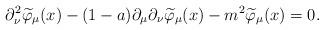
LaTeX: \begin{align*}\partial_\nu^2\widetilde{\varphi}_{\mu}(x)-(1-a)\partial _\mu\partial_\nu\widetilde{\varphi}_\mu (x)-m^2\widetilde{\varphi}_\mu (x)=0 .\end{align*}